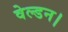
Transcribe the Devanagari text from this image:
वेल्डन।